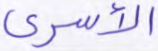
الأسرى